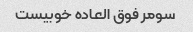
سومر فوق العاده خوبیست